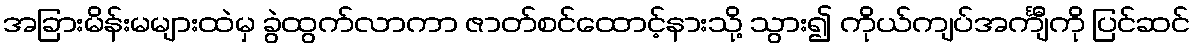
အခြားမိန်းမများထဲမှ ခွဲထွက်လာကာ ဇာတ်စင်ထောင့်နားသို့ သွား၍ ကိုယ်ကျပ်အင်္ကျီကို ပြင်ဆင်